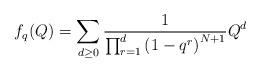
LaTeX: \begin{align*} f_q(Q) = \sum_{d \geq 0} \frac{1}{\prod_{r=1}^d \left( 1 - q^r \right)^{N+1}} Q^d\end{align*}